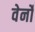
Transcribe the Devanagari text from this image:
वेर्नों